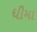
ધીમા